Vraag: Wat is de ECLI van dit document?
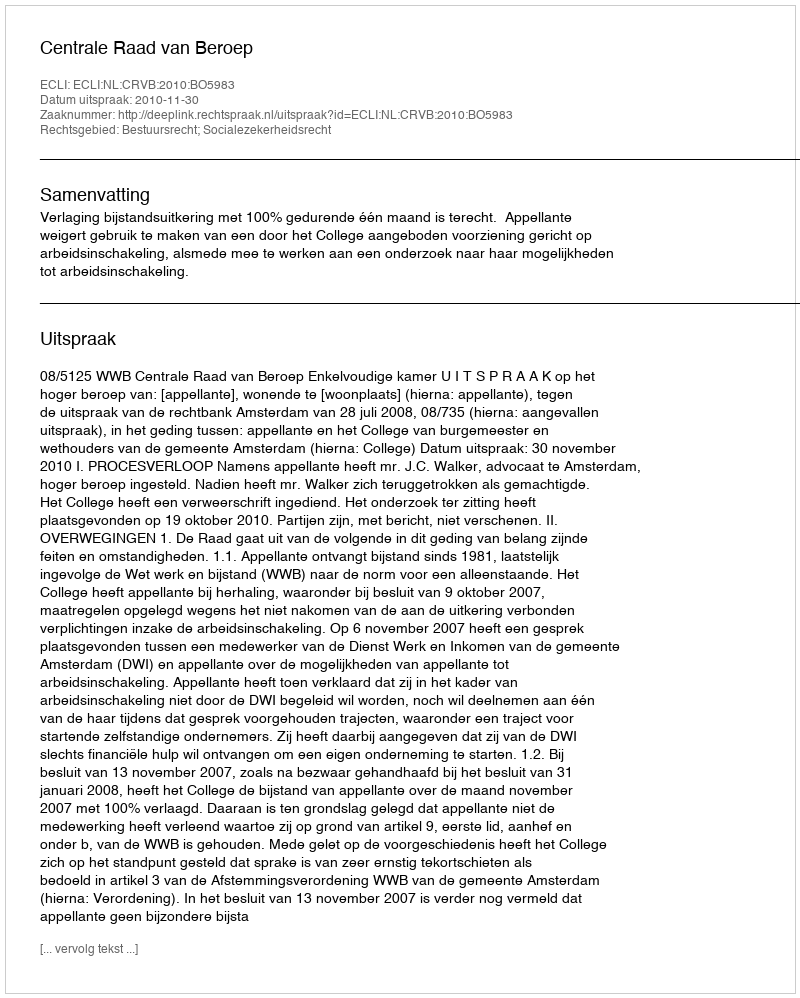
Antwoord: ECLI:NL:CRVB:2010:BO5983